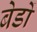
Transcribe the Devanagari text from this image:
बेडों